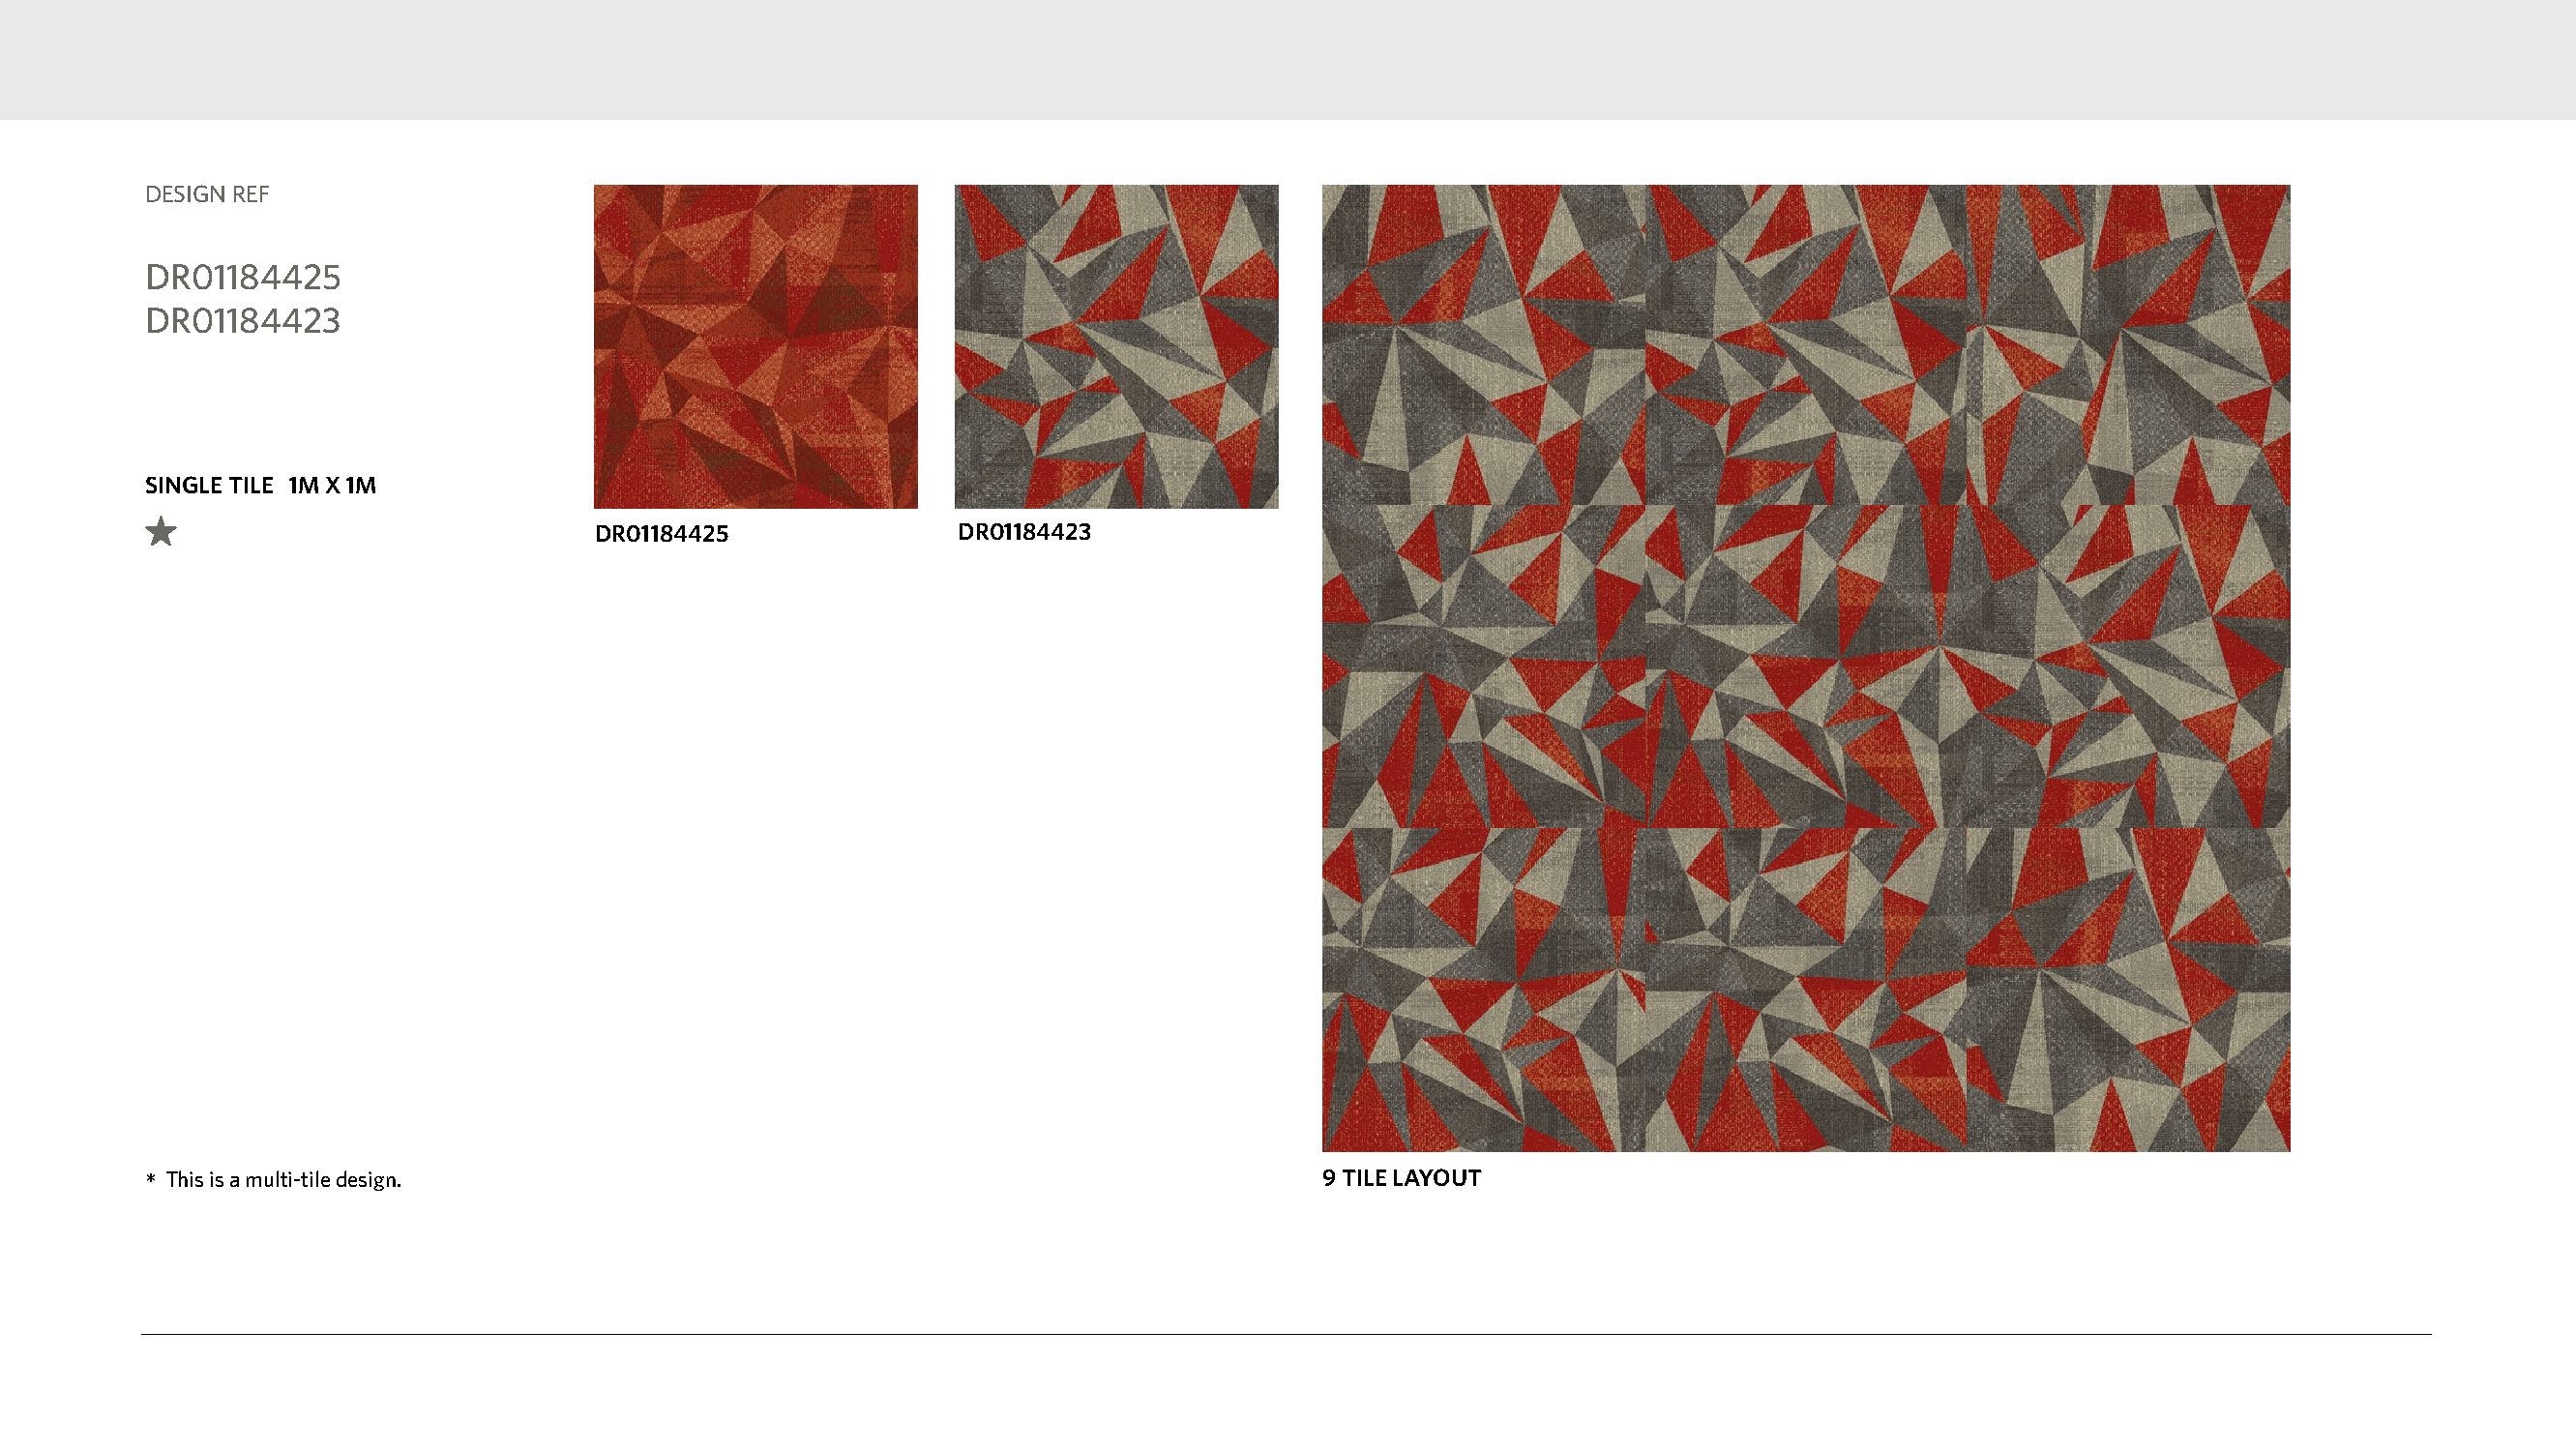
DESIGN REF
 DR01184425
 DR01184423
 SINGLE TILE 1M X 1M
 DR01184425               DR01184423
 *This is a multi-tile design.                                                    9 TILE LAYOUT